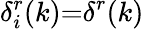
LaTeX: \delta_{i}^{r}(k){=}\delta^{r}(k)